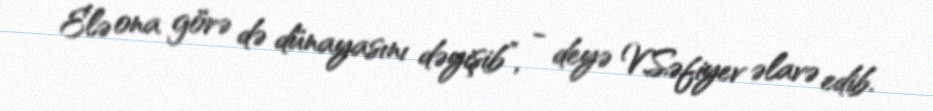
Elə ona görə də dünayasını dəyişib”, - deyə V.Səfiyev əlavə edib.